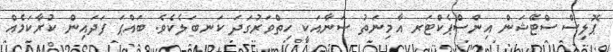
ޕޮލިސް ސްޓޭޝަން އިންސްޕެކްޓަރ އާމިނަތު ސަނާއަކީ ހިތްވަރުގަދަ ކަނބަލެކެވެ. ބައްޕަ ފަދައިން ކުރާކަމެއް